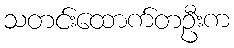
သတင်းထောက်တဦးက